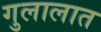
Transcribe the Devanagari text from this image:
गुलालात